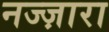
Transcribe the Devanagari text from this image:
नज्ज़ारा